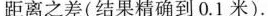
距离之差(结果精确到0.1米)。